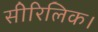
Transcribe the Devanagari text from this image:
सीरिलिक।